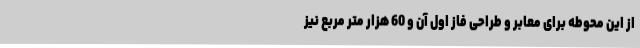
از این محوطه برای معابر و طراحی فاز اول آن و 60 هزار متر مربع نیز